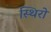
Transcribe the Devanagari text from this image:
स्थिरो